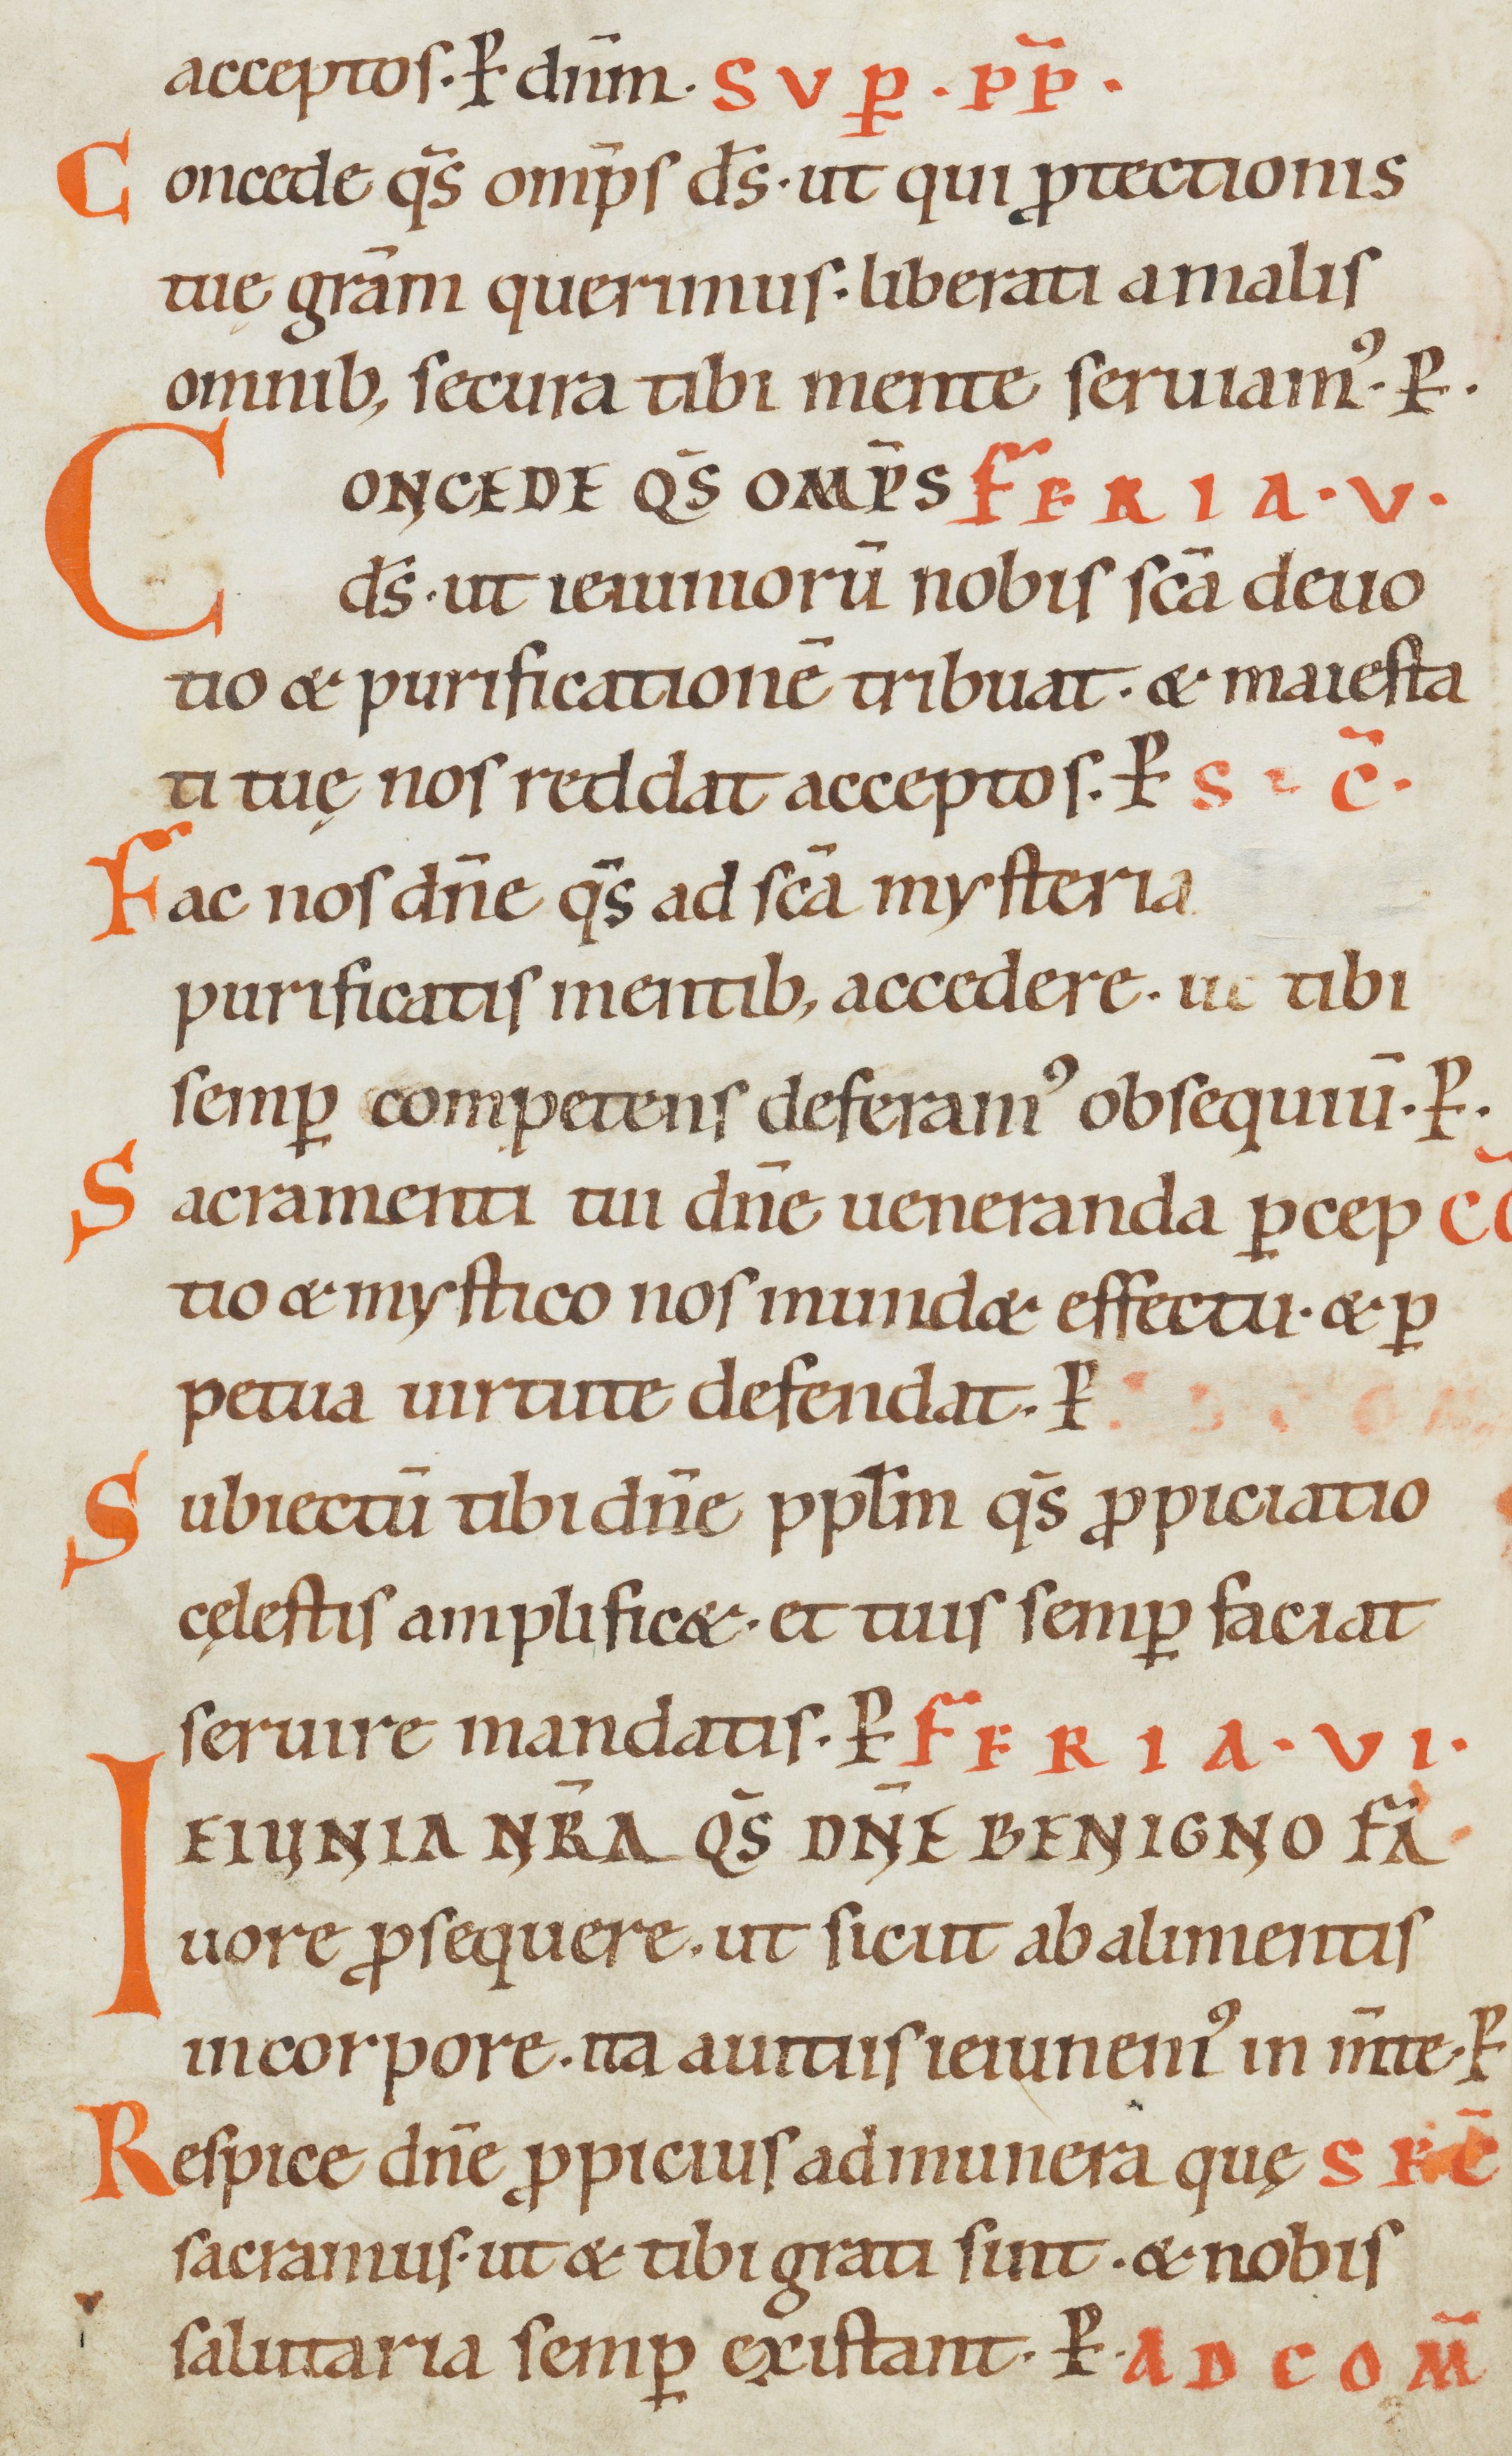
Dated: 1000–1099